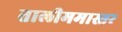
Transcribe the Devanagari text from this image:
तालीममास्तर